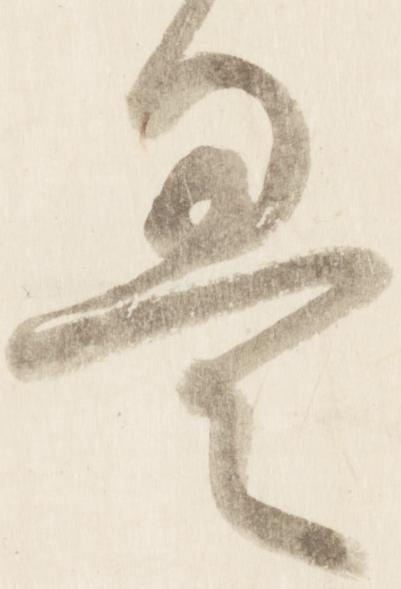
畳